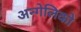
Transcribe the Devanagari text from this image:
अन्गेलिको